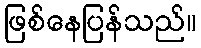
ဖြစ်နေပြန်သည်။